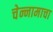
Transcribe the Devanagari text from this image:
चेन्नामाचा